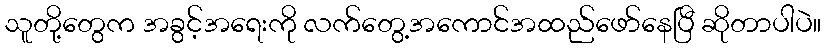
သူတို့တွေက အခွင့်အရေးကို လက်တွေ့အကောင်အထည်ဖော်နေပြီ ဆိုတာပါပဲ။